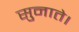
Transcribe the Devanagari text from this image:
सुनाते।